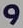
و